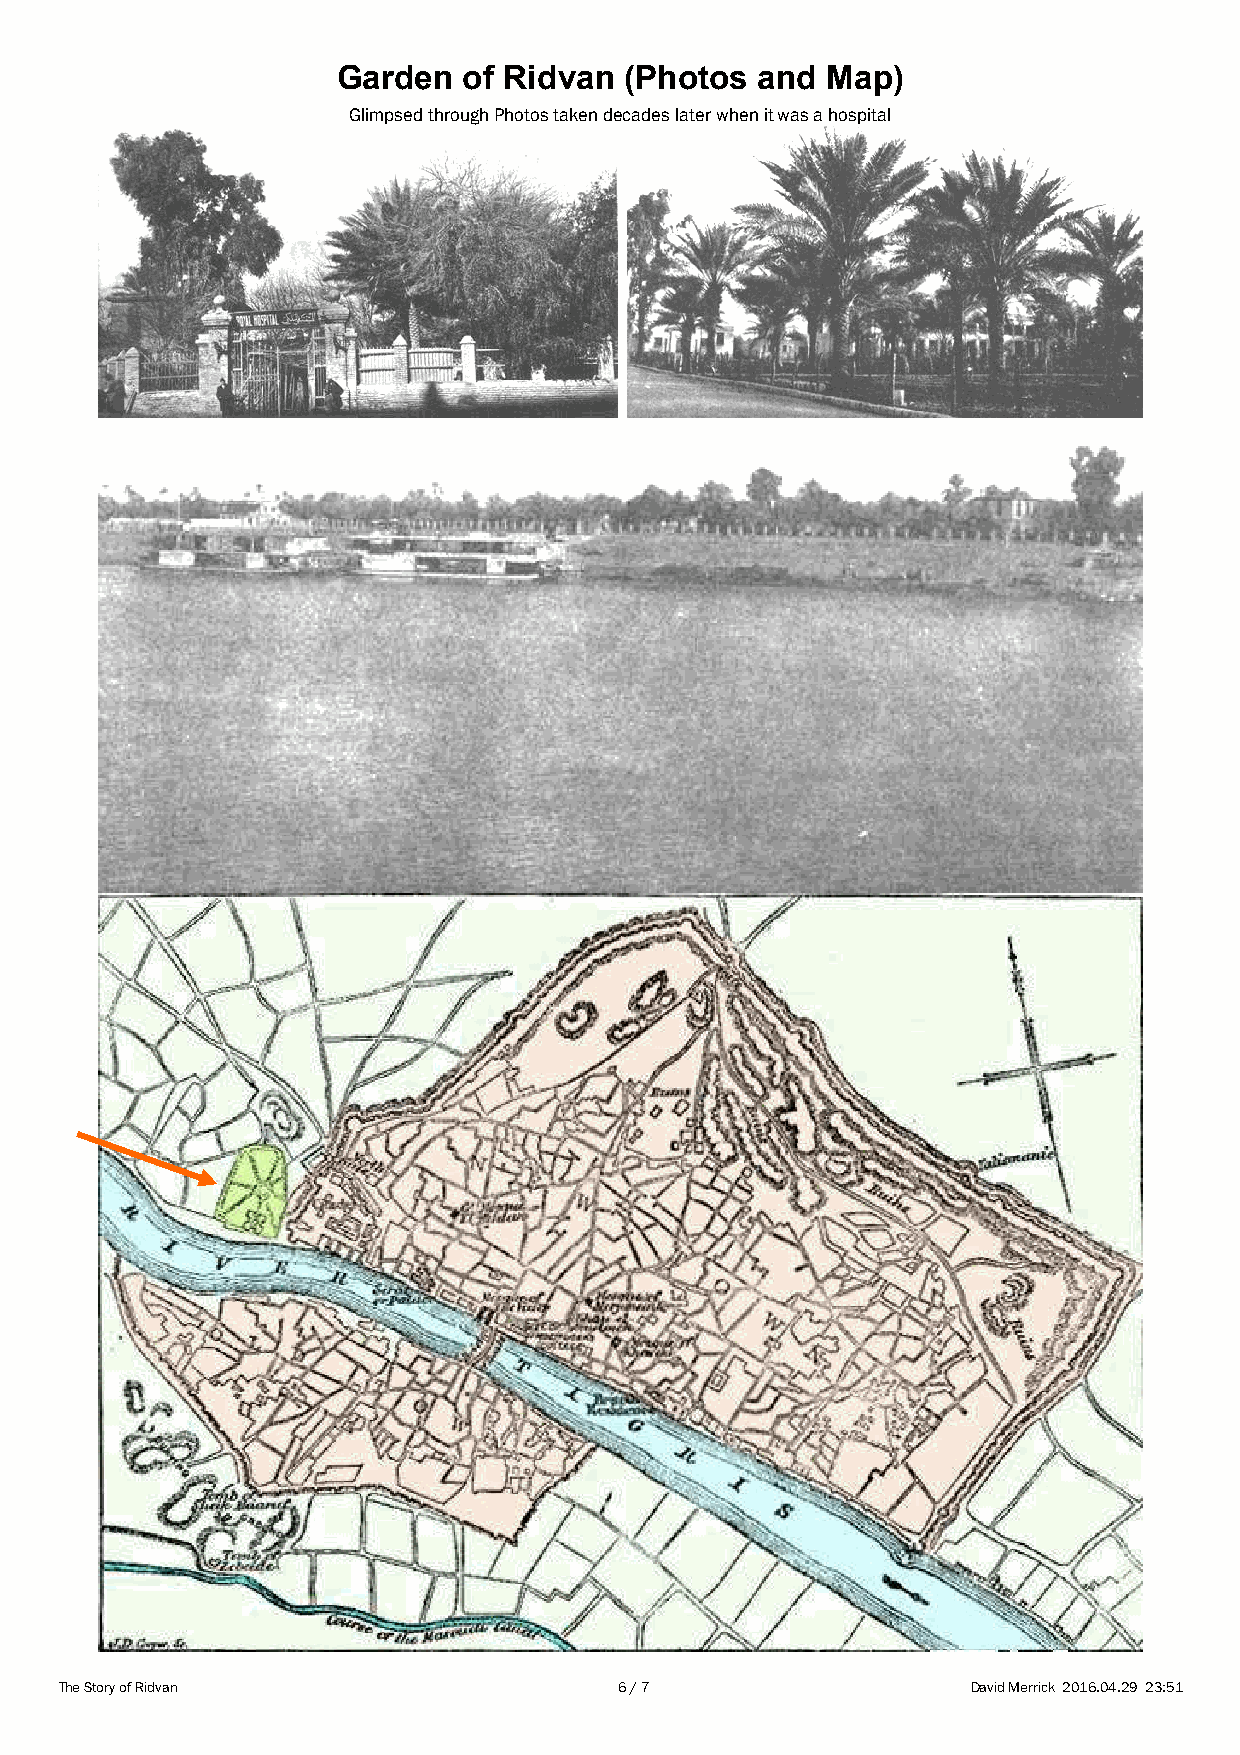
Garden   of Ridvan (Photos  and  Map)
 Glimpsed through Photos taken decades later when it was a hospital
 The Story of Ridvan                  6 / 7                  David Merrick 2016.04.29 23:51